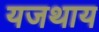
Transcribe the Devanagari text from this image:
यजथाय